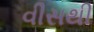
વીસથી